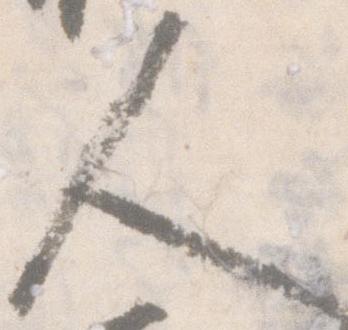
人